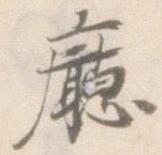
庁